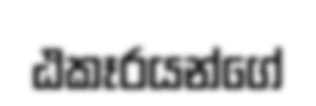
ඨකෑරයන්ගේ